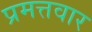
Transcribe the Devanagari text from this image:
प्रमत्तवार